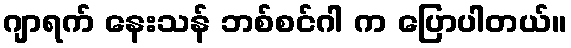
ဂျာရက် နေးသန် ဘစ်စင်ဂါ က ပြောပါတယ်။